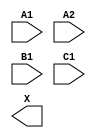
module sky130_fd_sc_hdll__a211o (
    //# {{data|Data Signals}}
    input  A1,
    input  A2,
    input  B1,
    input  C1,
    output X
);

    // Voltage supply signals
    supply1 VPWR;
    supply0 VGND;
    supply1 VPB ;
    supply0 VNB ;

endmodule